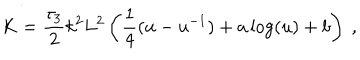
K = { \frac { \tau _ { 3 } } { 2 } } k ^ { 2 } L ^ { 2 } \left( { \frac { 1 } { 4 } } ( u - u ^ { - 1 } ) + a \log ( u ) + b \right) \ ,